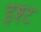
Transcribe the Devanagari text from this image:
इश्ट